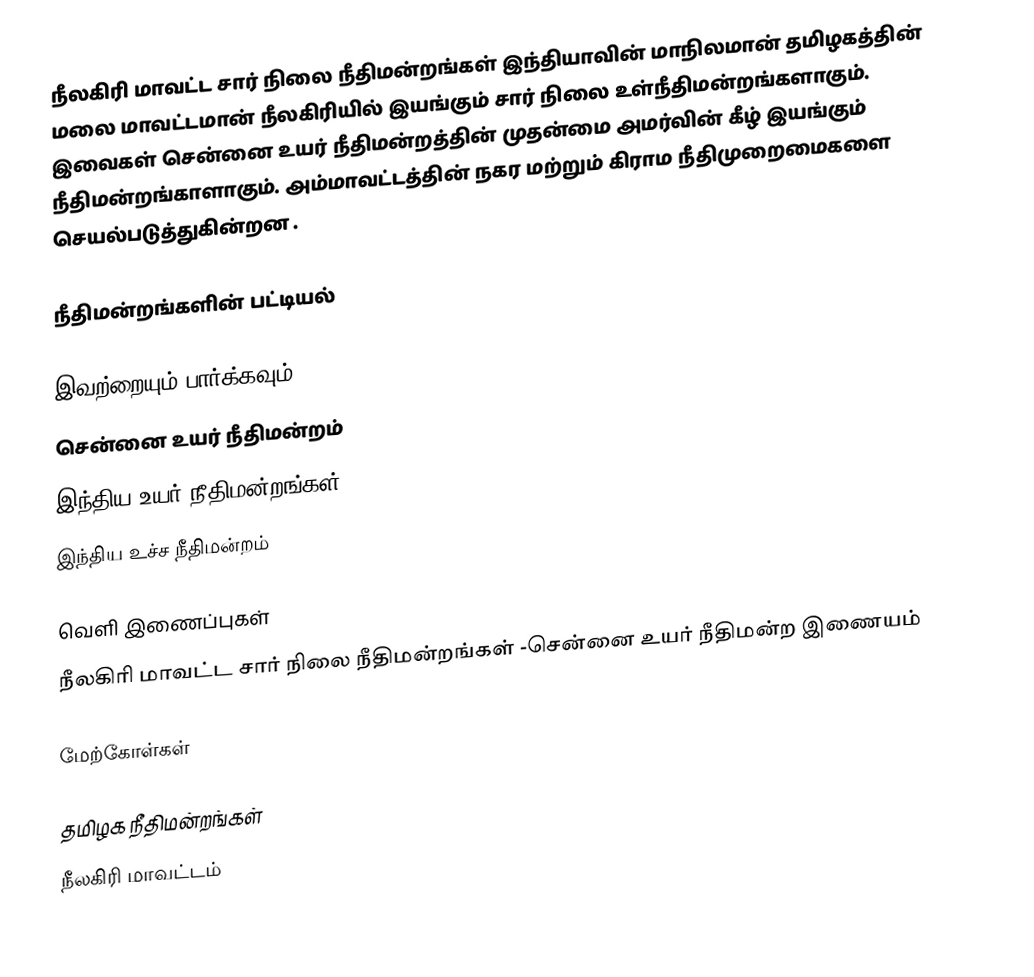
நீலகிரி மாவட்ட சார் நிலை நீதிமன்றங்கள் இந்தியாவின் மாநிலமான் தமிழகத்தின் மலை மாவட்டமான் நீலகிரியில் இயங்கும் சார் நிலை உள்நீதிமன்றங்களாகும். இவைகள் சென்னை உயர் நீதிமன்றத்தின் முதன்மை அமர்வின் கீழ் இயங்கும் நீதிமன்றங்காளாகும். அம்மாவட்டத்தின் நகர மற்றும் கிராம நீதிமுறைமைகளை செயல்படுத்துகின்றன  .

நீதிமன்றங்களின் பட்டியல்

இவற்றையும் பார்க்கவும்
சென்னை உயர் நீதிமன்றம்
இந்திய உயர் நீதிமன்றங்கள்
இந்திய உச்ச நீதிமன்றம்

வெளி இணைப்புகள்
நீலகிரி மாவட்ட சார் நிலை நீதிமன்றங்கள் -சென்னை உயர் நீதிமன்ற இணையம்

மேற்கோள்கள்

தமிழக நீதிமன்றங்கள்
நீலகிரி மாவட்டம்